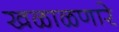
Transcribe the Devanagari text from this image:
खळाळणारे